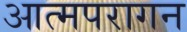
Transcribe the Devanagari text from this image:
आत्मपरागन